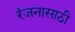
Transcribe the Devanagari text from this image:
रंजनासाठी